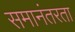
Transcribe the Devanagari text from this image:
समानंतरता